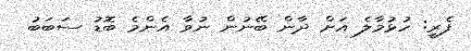
ފެރީ: ހުޅުމާލެ އަށް ދާން ބޭނުން ނުވާ އެންމެ ބޮޑު ސަބަބު